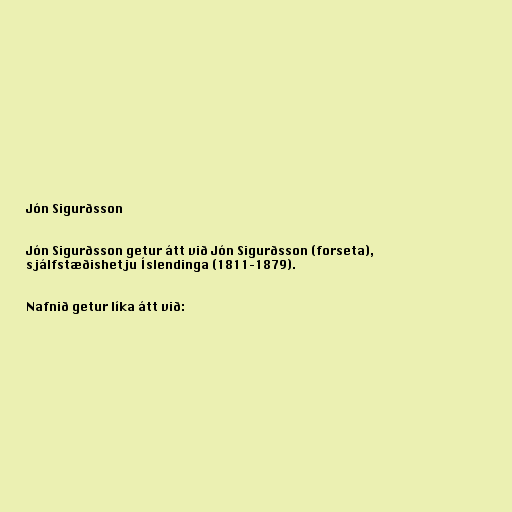
Jón Sigurðsson

Jón Sigurðsson getur átt við Jón Sigurðsson (forseta),
sjálfstæðishetju Íslendinga (1811–1879).

Nafnið getur líka átt við: